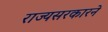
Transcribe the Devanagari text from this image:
राज्यसरकारने